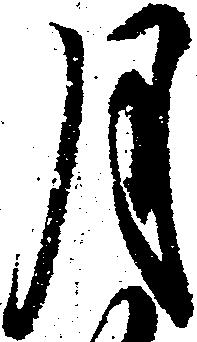
月